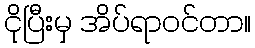
ငိုပြီးမှ အိပ်ရာဝင်တာ။